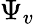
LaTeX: \Psi_{v}